Annual report of the Punjab Veterinary College and of the Civil Veterinary Department, Punjab - 1920-1925
Year: 1920
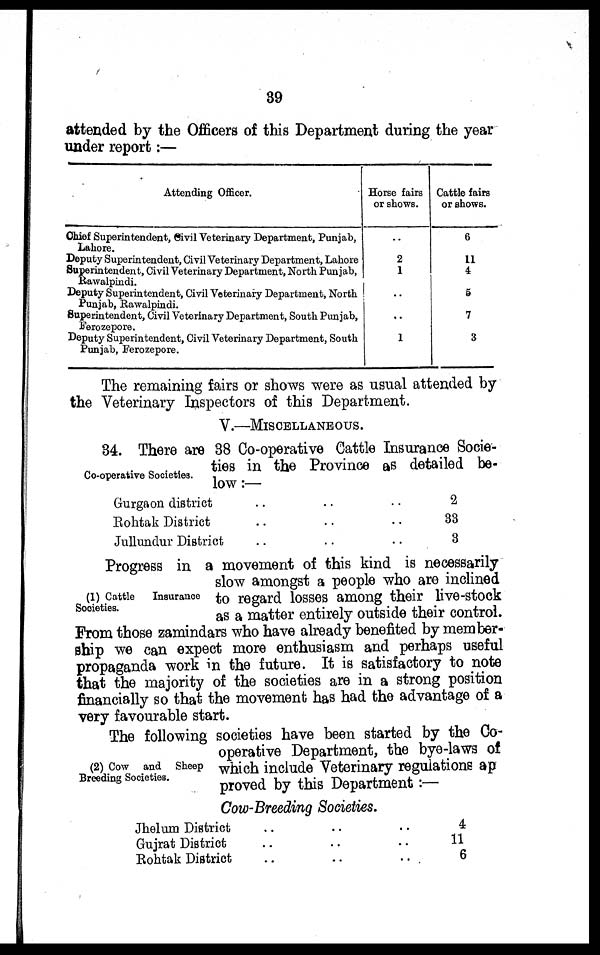
39
attended by the Officers of this Department during the year
under report:—
Attending Offi cer.
Chi ef Superintendent, Civil Veterinary Department, Punjab,
Lahore.
Deputy Superintendent, Civil Veterinary Department, Lahore
Superintendent, Civil Veterinary Department, North Punjab,
Rawalpindi.
Deputy Superintendent, Civil Veterinary Department, North
Punjab, Rawalpindi.
Superintendent, Civil Veterinary Department, South Punjab,
Ferozepore.
Deputy Superintendent, Civil Veterinary Department, South
Punjab, Ferozepore.
Horse fairs
or shows.
..
2
1
..
..
1
Cattle fairs
or shows.
6
11
4
5
7
3
The remaining fairs or shows were as usual attended by
the Veterinary Inspectors of this Department.
V.—MISCELLANEOUS.
Co-operative Societies.
34. There are 38 Co-operative Cattle Insurance Socie-
ties in the Province as detailed be-
low:—
Gurgaon district
Rohtak District
Jullundur District
..
..
..
..
..
..
..
..
..
2
33
3
(1) Cattle Insurance
Societies.
Progress in a movement of this kind is necessarily
slow amongst a people who are inclined
to regard losses among their live-stock
as a matter entirely outside their control.
From those zamindars who have already benefited by member-
ship we can expect more enthusiasm and perhaps useful
propaganda work in the future. It is satisfactory to note
that the majority of the societies are in a strong position
financially so that the movement has had the advantage of a
very favourable start.
(2) Cow and Sheep
Breeding Societies.
The following societies have been started by the Co-
operative Department, the bye-laws of
which include Veterinary regulations ap
proved by this Department:—
Cow-Breeding Societies.
Jhelum District
Gujrat District
Rohtak District
..
..
..
..
..
..
..
..
4
11
6